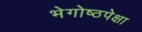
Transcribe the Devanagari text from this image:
भेगोष्ठपेक्षा